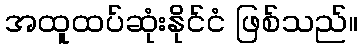
အထူထပ်ဆုံးနိုင်ငံ ဖြစ်သည်။